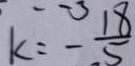
k = - \frac { 1 8 } { 5 }